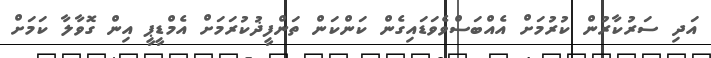
އަދި ސަރުކާރުން ކުރުމަށް އެއްބަސްވެވަޑައިގެން ކަންކަން ތަންފީޛުކުރަމަށް އެމްޑީޕީ އިން ގޮވާލާ ކަމަށް